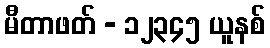
မီတာဖတ် - ၁၂၃၄၅ ယူနစ်